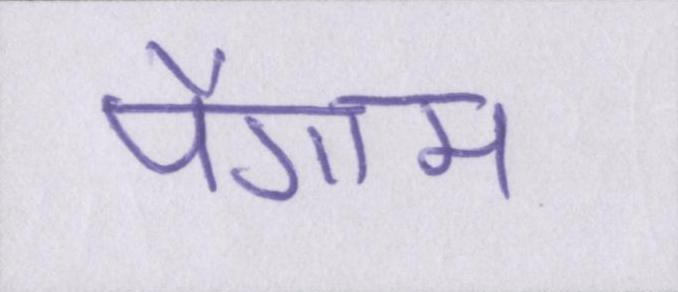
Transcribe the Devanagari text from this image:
पैगाम